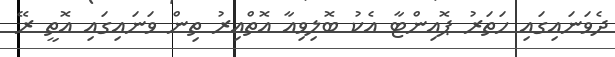
ދެވަނައިގައި ހަތަރު ޕޮއިންޓާ އެކު ބޮލިވިއާ އޮތްއިރު ތިން ވަނައިގައި އޮތީ ރޭ